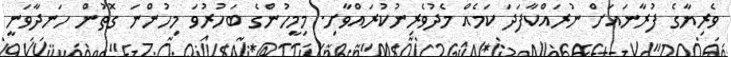
ވެރިޔާގެ ފުރާނައަށް ނުރައްކާފަދަ ކަމެއް މެދުވެރިނުކުރައްވާށި. މިމީހުންގެ ބަހުރުވަ މިހުންނަ ގޮތުން ހަނދާވަނީ